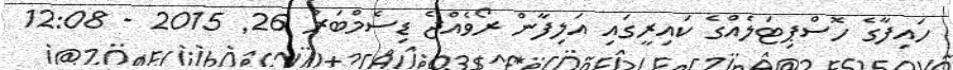
ހައިފާގެ ހޮސްޕިޓަލެއްގެ ކައިރީގައި އަލިފާން ރޯވެއްޖެ ޑިސެމްބަރު 26